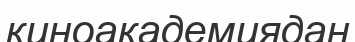
киноакадемиядан